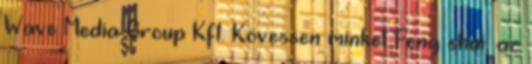
Wave Media Group Kft. Kövessen minket Feng shui, az